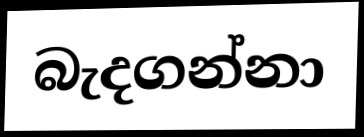
බැදගන්නා